Petrogradi_Kontroll-Opteerimise_Komisjon, lk 381
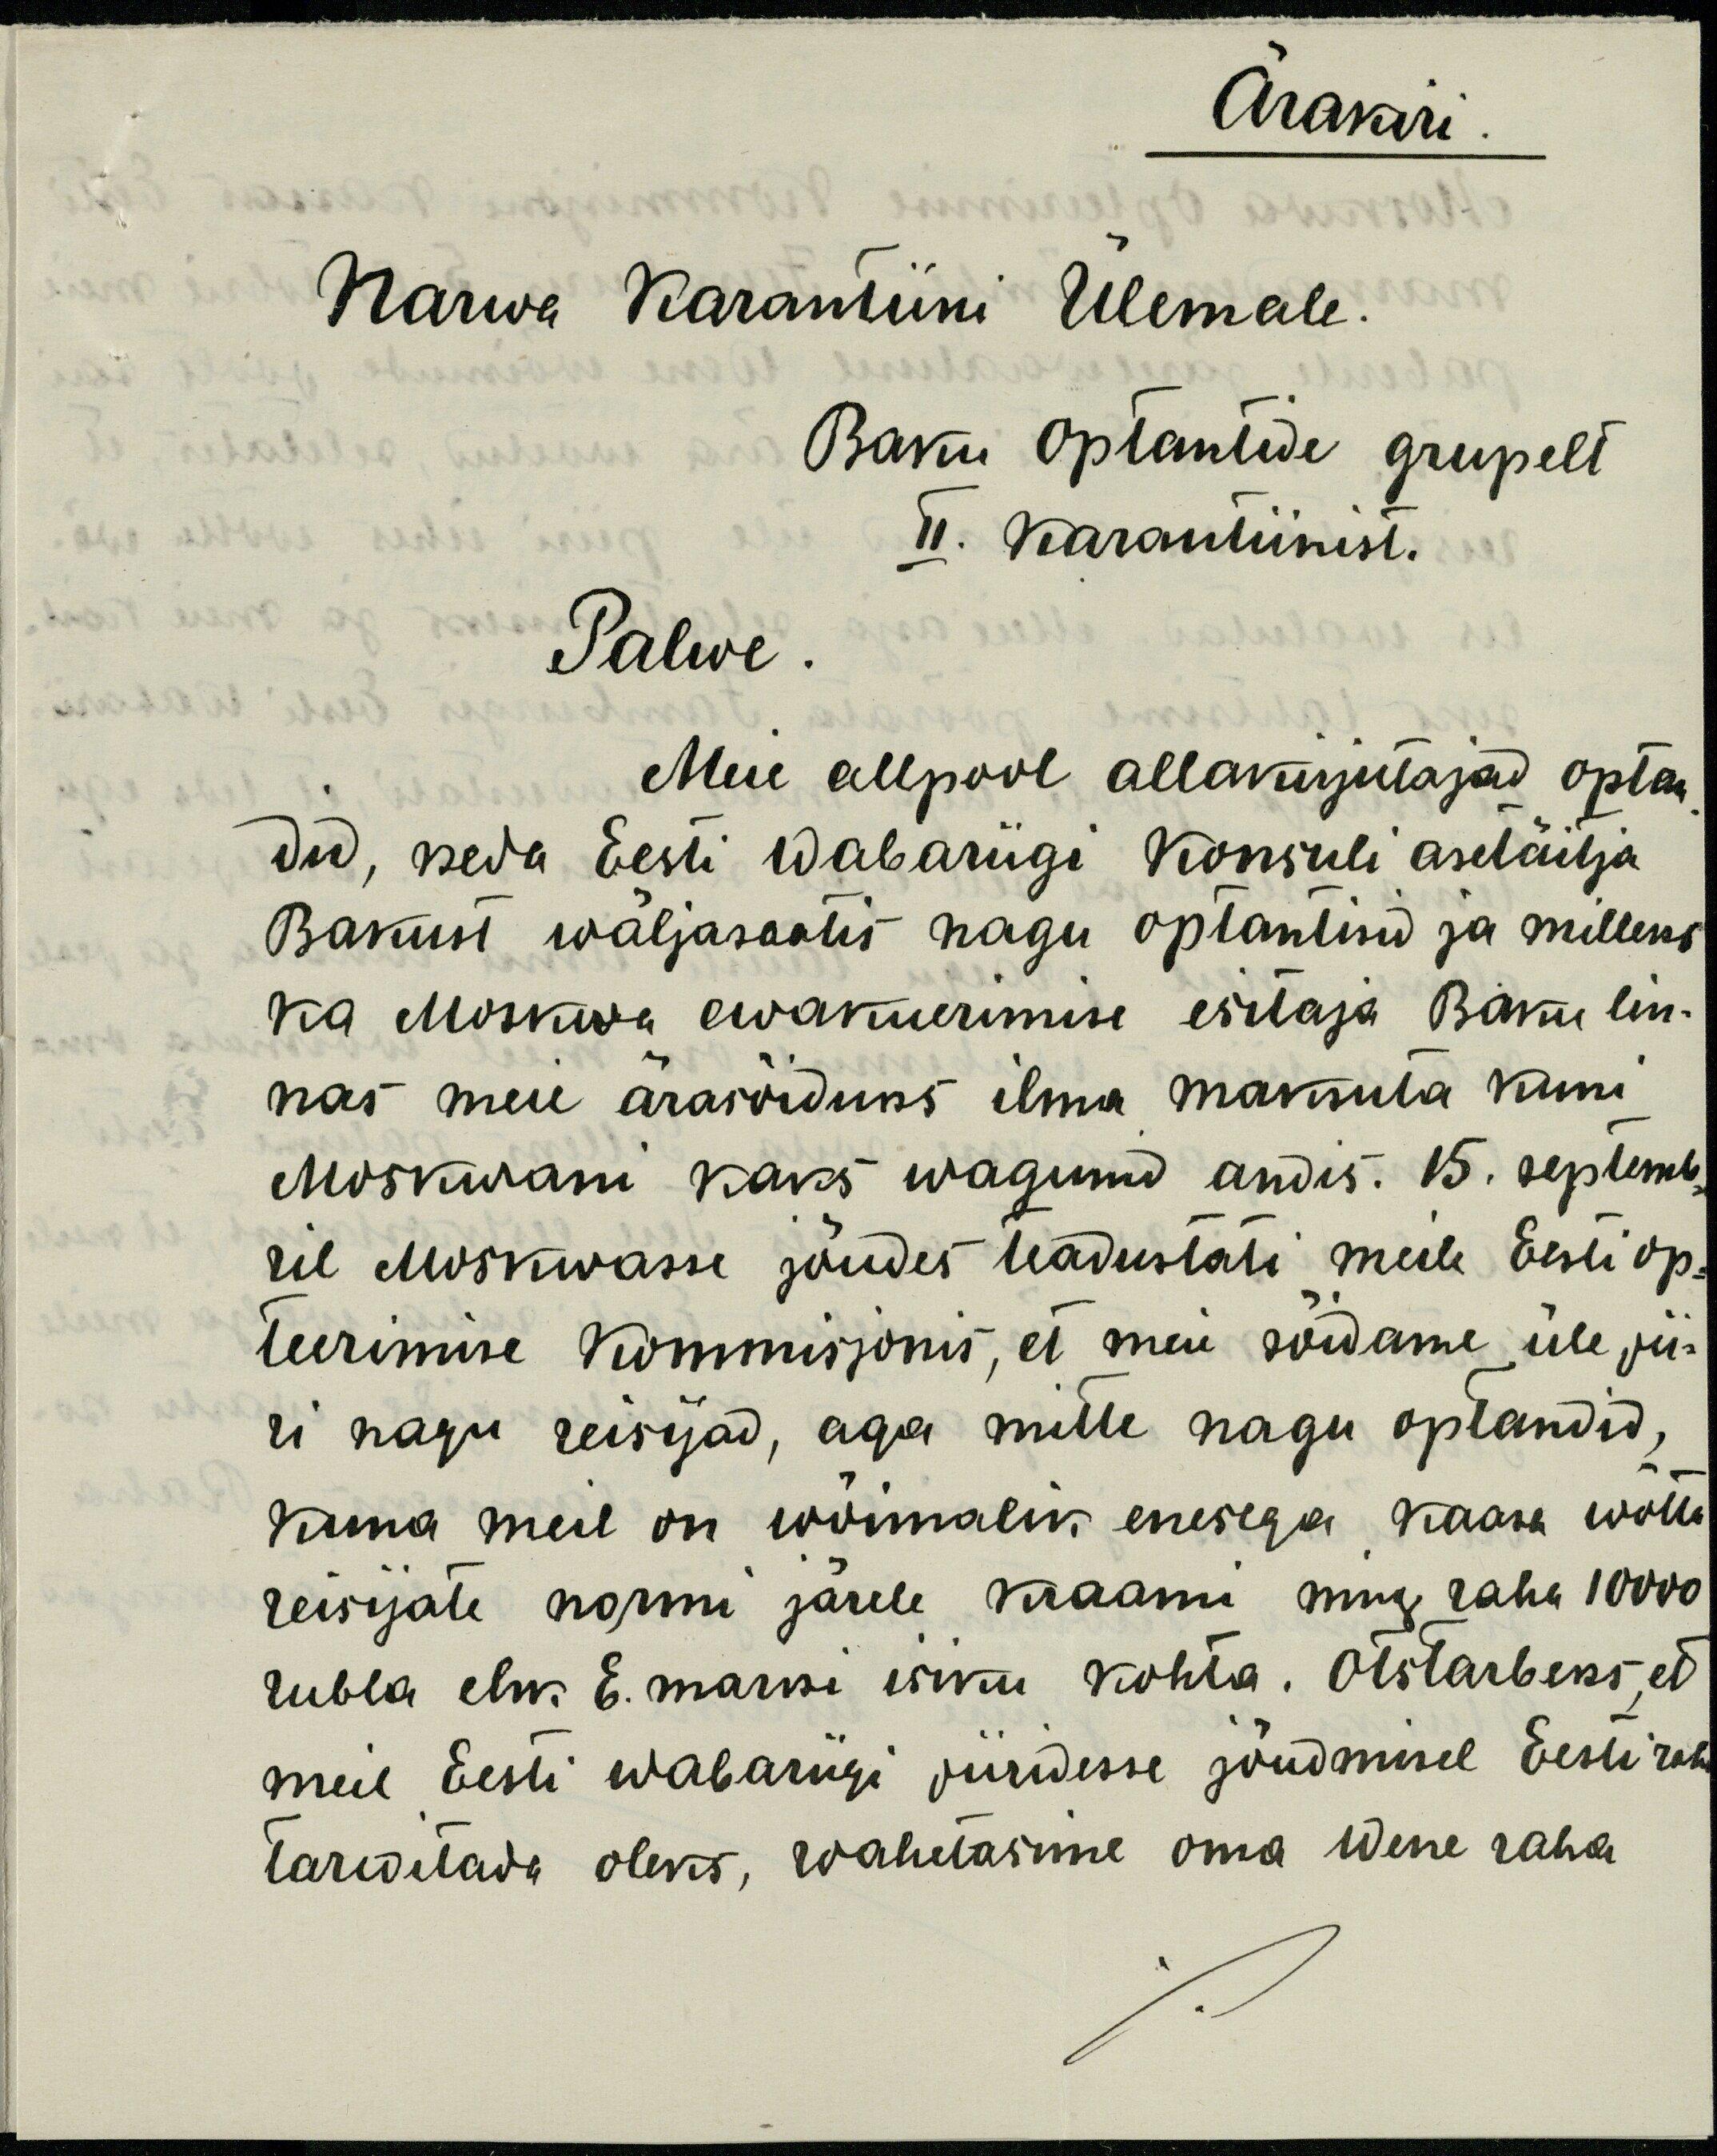
Ärakiri.
Narwa Karantiini Ülemale.
Baku Optantide grupelt
II. karantiinist.
Palwe.
Meie allpool allakirjutajad optan-
did, keda Eesti Wabariigi Konsuli asetäitja
Bakust wäljasaatis nagu optantisid ja milleks
ka Moskwa ewakuerimise esitaja Baku lin-
nas meie ärasõiduks ilma maksuta kuni
Moskwani kaks wagunid andis. 15. septemb-
ril Moskwasse jõudes teadustati meile Eesti op-
teerimise Kommisjonis, et meie sõidame üle pii-
ri nagu reisijad, aga mitte nagu optandid,
kuna meil on wõimalik enesega kaasa wõtta
reisijate normi järele kraami ning raha 10000
rubla ehk E. marki isiku kohta. Otstarbeks, et
meil Eesti Wabariigi piiridesse jõudmisel Eesti raha
tarwitada oleks, wahetasime oma Wene raha